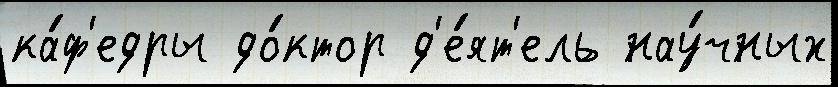
ка́ф'едры до́ктор д'е́ят'ель нау́чных